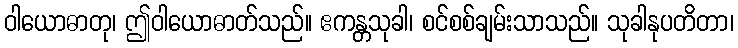
ဝါယောဓာတု၊ ဤဝါယောဓာတ်သည်။ ဧကန္တသုခါ၊ စင်စစ်ချမ်းသာသည်။ သုခါနုပတိတာ၊